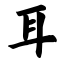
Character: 耳